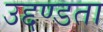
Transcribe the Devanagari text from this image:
उद्दण्डता